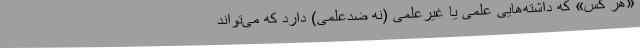
«هر کس» که داشته‌هایی علمی یا غیرعلمی (نه ضدعلمی) دارد که می‌تواند